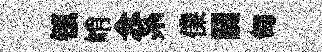
镇峭念系㒒闊匋